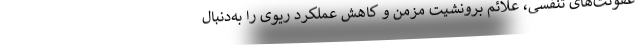
عفونت‌های تنفسی، علائم برونشیت مزمن و کاهش عملکرد ریوی را به‌دنبال